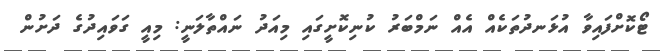
ޓޯކޮށްފައިވާ އުޅަނދުތަކެއް އެއް ނަމްބަރު ކުނިކޮށީގައި މިއަދު ނައްތާލަނީ: މިއީ ގަވައިދުގެ ދަށުން